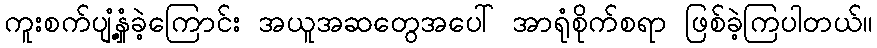
ကူးစက်ပျံ့နှံ့ခဲ့ကြောင်း အယူအဆတွေအပေါ် အာရုံစိုက်စရာ ဖြစ်ခဲ့ကြပါတယ်။